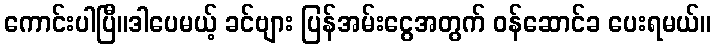
ကောင်းပါပြီ။ဒါပေမယ့် ခင်ဗျား ပြန်အမ်းငွေအတွက် ဝန်ဆောင်ခ ပေးရမယ်။